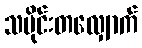
သမိုင်းတလျှောက်